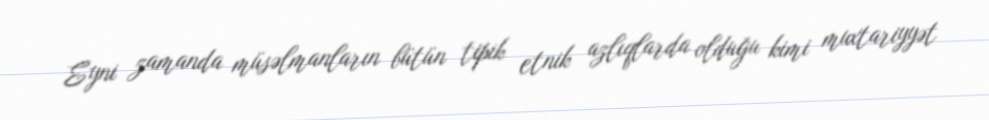
Eyni zamanda müsəlmanların bütün tipik etnik azlıqlarda olduğu kimi muxtariyyət